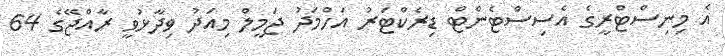
އެ މިނިސްޓްރީގެ އެސިސްޓެންޓް ޑިރެކްޓަރު އަހްމަދު ޖަމީލް މިއަދު ވިދާޅުވީ ރާއްޖޭގެ 64